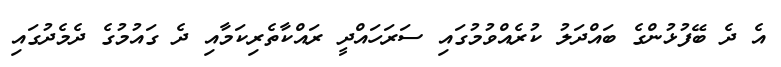
އެ ދެ ބޭފުޅުންގެ ބައްދަލު ކުރެއްވުމުގައި ސަރަހައްދީ ރައްކާތެރިކަމާއި ދެ ގައުމުގެ ދެމެދުގައި